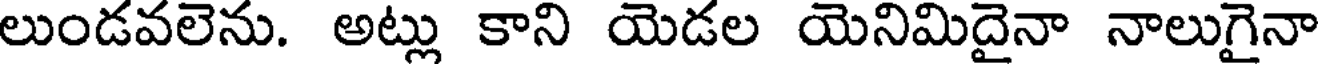
లుండవలెను. అట్లు కాని యెడల యెనిమిదైనా నాలుగైనా